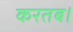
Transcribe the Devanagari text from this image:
करतब।